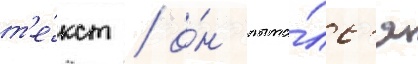
т'е́кст / о́н пыта́лс'я